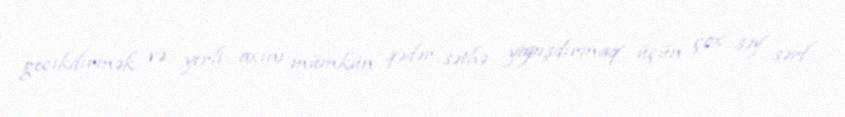
gecikdirmək və yerli axını mümkün qədər səthə yapışdırmaq üçün çox səy sərf